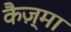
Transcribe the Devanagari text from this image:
कैज़्मा